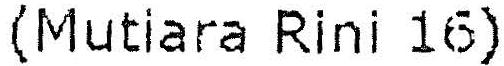
(MUTIARA RINI 16)